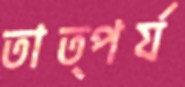
তাত্পর্য